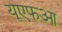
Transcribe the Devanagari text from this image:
यूएफआ